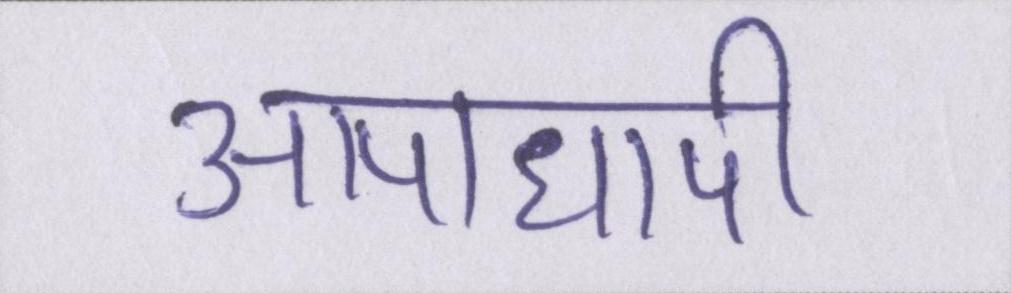
आपाधापी